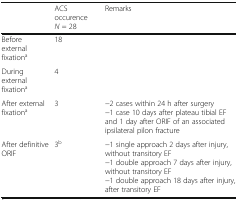
|  | ACS occurence N = 28 | Remarks |
 | --- | --- | --- |
 | Before external fixationa | 18 |  |
 | During external fixationa | 4 |  |
 | After external fixationa | 3 | −2 cases within 24 h after surgery−1 case 10 days after plateau tibial EF and 1 day after ORIF of an associated ipsilateral pilon fracture |
 | After definitive ORIF | 3b | −1 single approach 2 days after injury, without transitory EF−1 double approach 7 days after injury, without transitory EF−1 double approach 18 days after injury, after transitory EF |